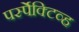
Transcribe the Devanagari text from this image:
पर्स्पेक्टिव्ह